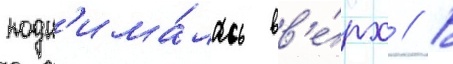
подн'има́лась вв'е́рх // В